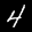
Label: 4